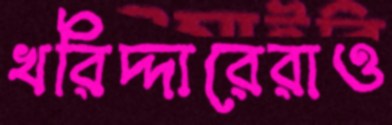
খরিদ্দারেরাও